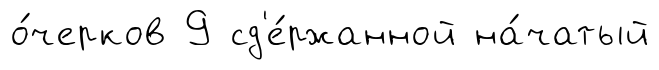
о́черков 9 сд'е́ржанной на́чатый